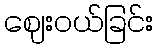
ဈေးဝယ်ခြင်း